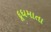
દૂધમાતા